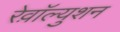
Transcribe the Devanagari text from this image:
रेव़ाॅल्युशन